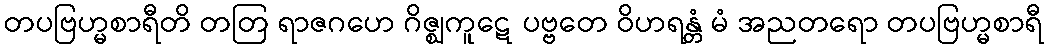
တပဗြဟ္မစာရီတိ တတြ ရာဇဂဟေ ဂိဇ္ဈကူဋေ ပဗ္ဗတေ ဝိဟရန္တံ မံ အညတရော တပဗြဟ္မစာရီ